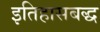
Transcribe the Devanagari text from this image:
इतिहासबद्ध